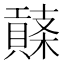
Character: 𧷱